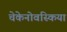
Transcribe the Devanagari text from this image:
चेकेनोवस्किया